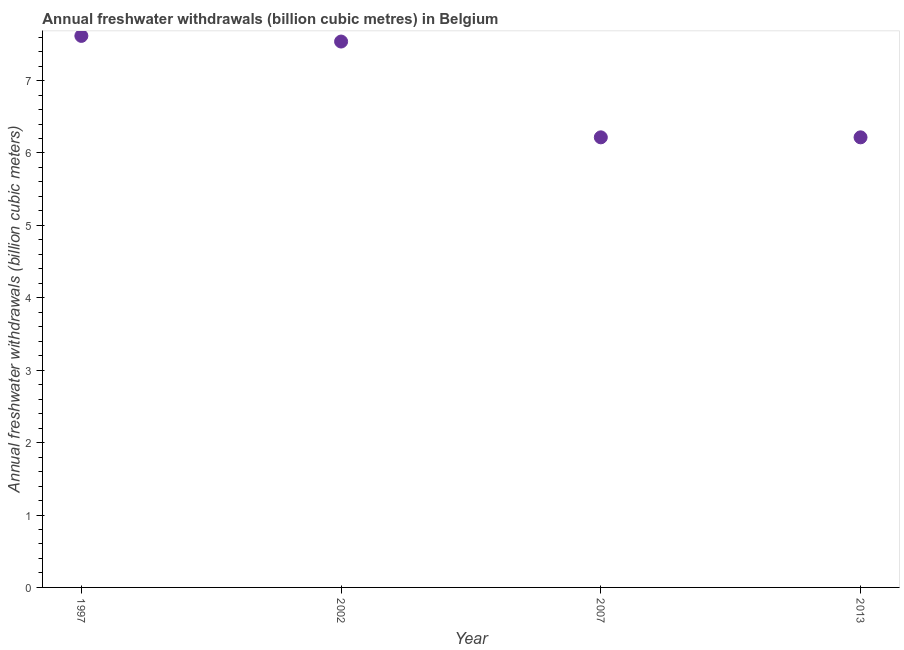
| Year | Annual freshwater withdrawals |
 | --- | --- |
 | 1997 | 7.62 |
 | 2002 | 7.54 |
 | 2007 | 6.22 |
 | 2013 | 6.22 |